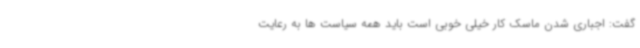
گفت: اجباری شدن ماسک کار خیلی خوبی است باید همه سیاست ها به رعایت